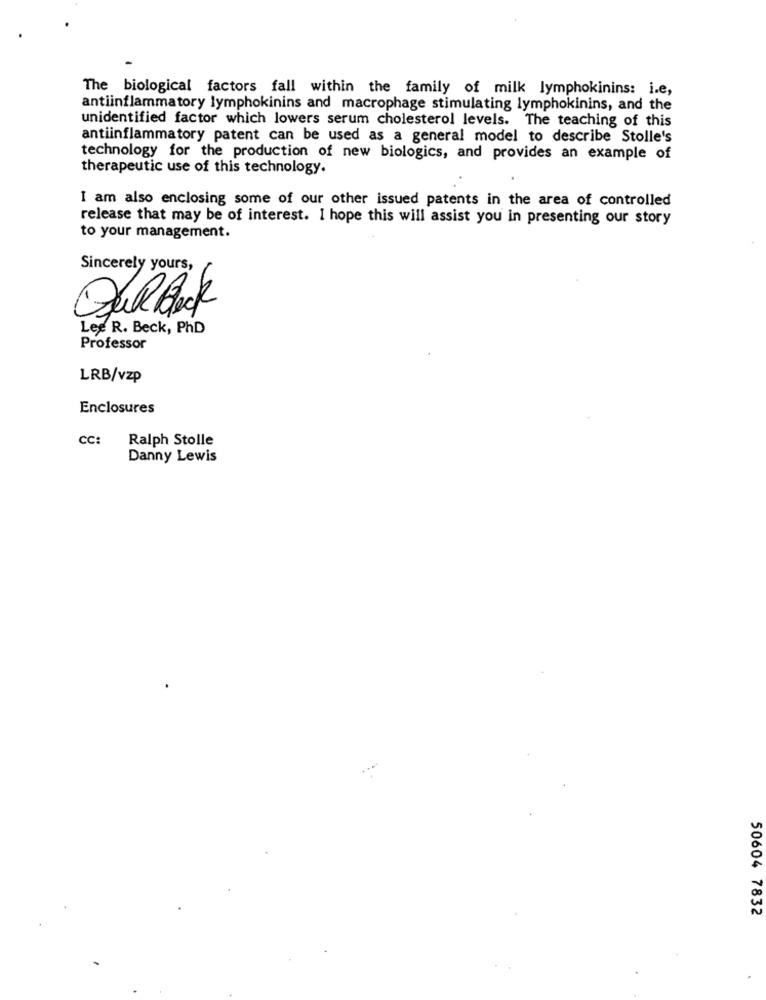
The biological factors fall within the family of milk lymphokinins: i.e,
antiinflammatory lymphokinins and macrophage stimulating lymphokinins, and the
unidentified factor which lowers serum cholesterol levels. The teaching of this
antiinflammatory patent can be used as a general model to describe Stolle's
technology for the production of new biologics, and provides an example of
therapeutic use of this technology.
I am also enclosing some of our other issued patents in the area of controlled
release that may be of interest. I hope this will assist you in presenting our story
to your management.
Sincerely yours,
-
Les R. Beck, PhD
Professor
LRB/vzp
Enclosures
cc:
Ralph Stolle
Danny Lewis
50604 7832